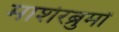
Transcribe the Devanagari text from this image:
माशेरब्रुमों